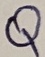
Text: Q